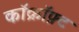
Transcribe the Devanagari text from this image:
कॉक्रॉफ़्ट